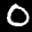
Label: 0